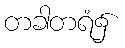
တခါတရံ၌